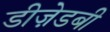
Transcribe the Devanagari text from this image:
डीज़ेडबी